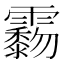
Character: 𩆲